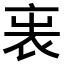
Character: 𧘫